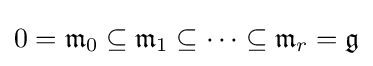
0={\mathfrak {m}}_{0}\subseteq {\mathfrak {m}}_{1}\subseteq \cdots \subseteq {\mathfrak {m}}_{r}={\mathfrak {g}}